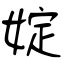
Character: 婝